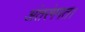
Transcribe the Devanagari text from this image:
अंतरंगगत।